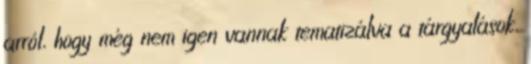
arról, hogy még nem igen vannak tematizálva a tárgyalások,